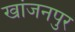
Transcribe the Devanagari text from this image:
खांजनपुर